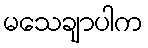
မသေချာပါက